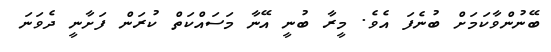
ބޭނުންވާކަަމަށް ބުނެފަ އެވެ. މީރާ ބުނީ އޭނާ މަސައްކަތް ކުރަން ފަށާނީ ދެވަނަ